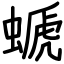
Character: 螔